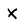
Character: X